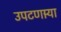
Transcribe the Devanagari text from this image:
उपटणार्‍या